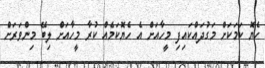
ހެޔޮ ކަމަކަށް މަގުދައްކައިފި މީހާއަށް އެ ހެޔޮކަމެއް ކުރާ މީހާއަށް ލިބޭ މިންވަރަށް